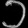
Digit: ၁